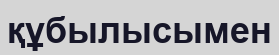
құбылысымен